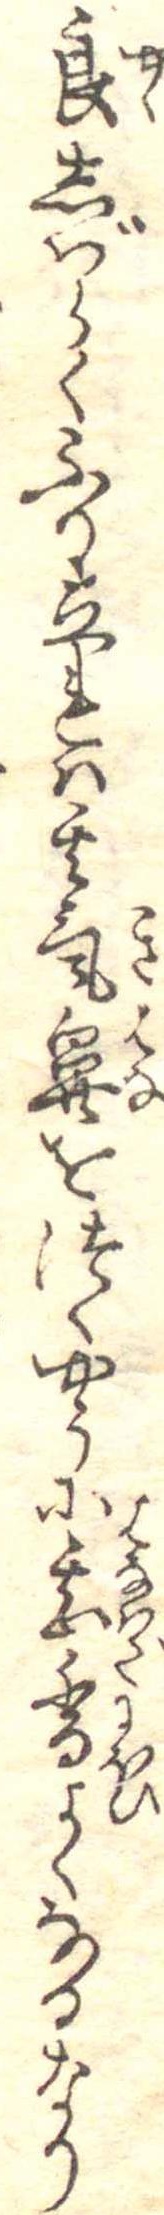
良しばらくふり立れは其気鼻をつくやうに甚香よくなるなり